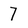
Character: 7